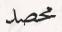
محصد